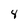
Character: 8